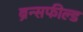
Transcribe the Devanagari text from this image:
ब्रॅन्सफील्ड